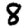
Digit: 8